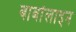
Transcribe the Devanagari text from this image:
बार्बॉलाइन